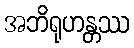
အဘိရုဟန္တဿ